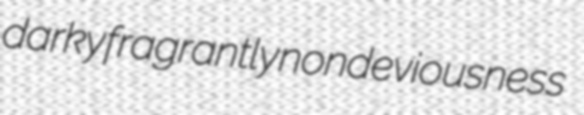
darky fragrantly nondeviousness